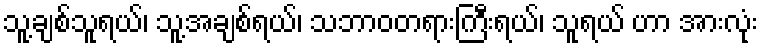
သူ့ချစ်သူရယ်၊ သူ့အချစ်ရယ်၊ သဘာဝတရားကြီးရယ်၊ သူရယ် ဟာ အားလုံး